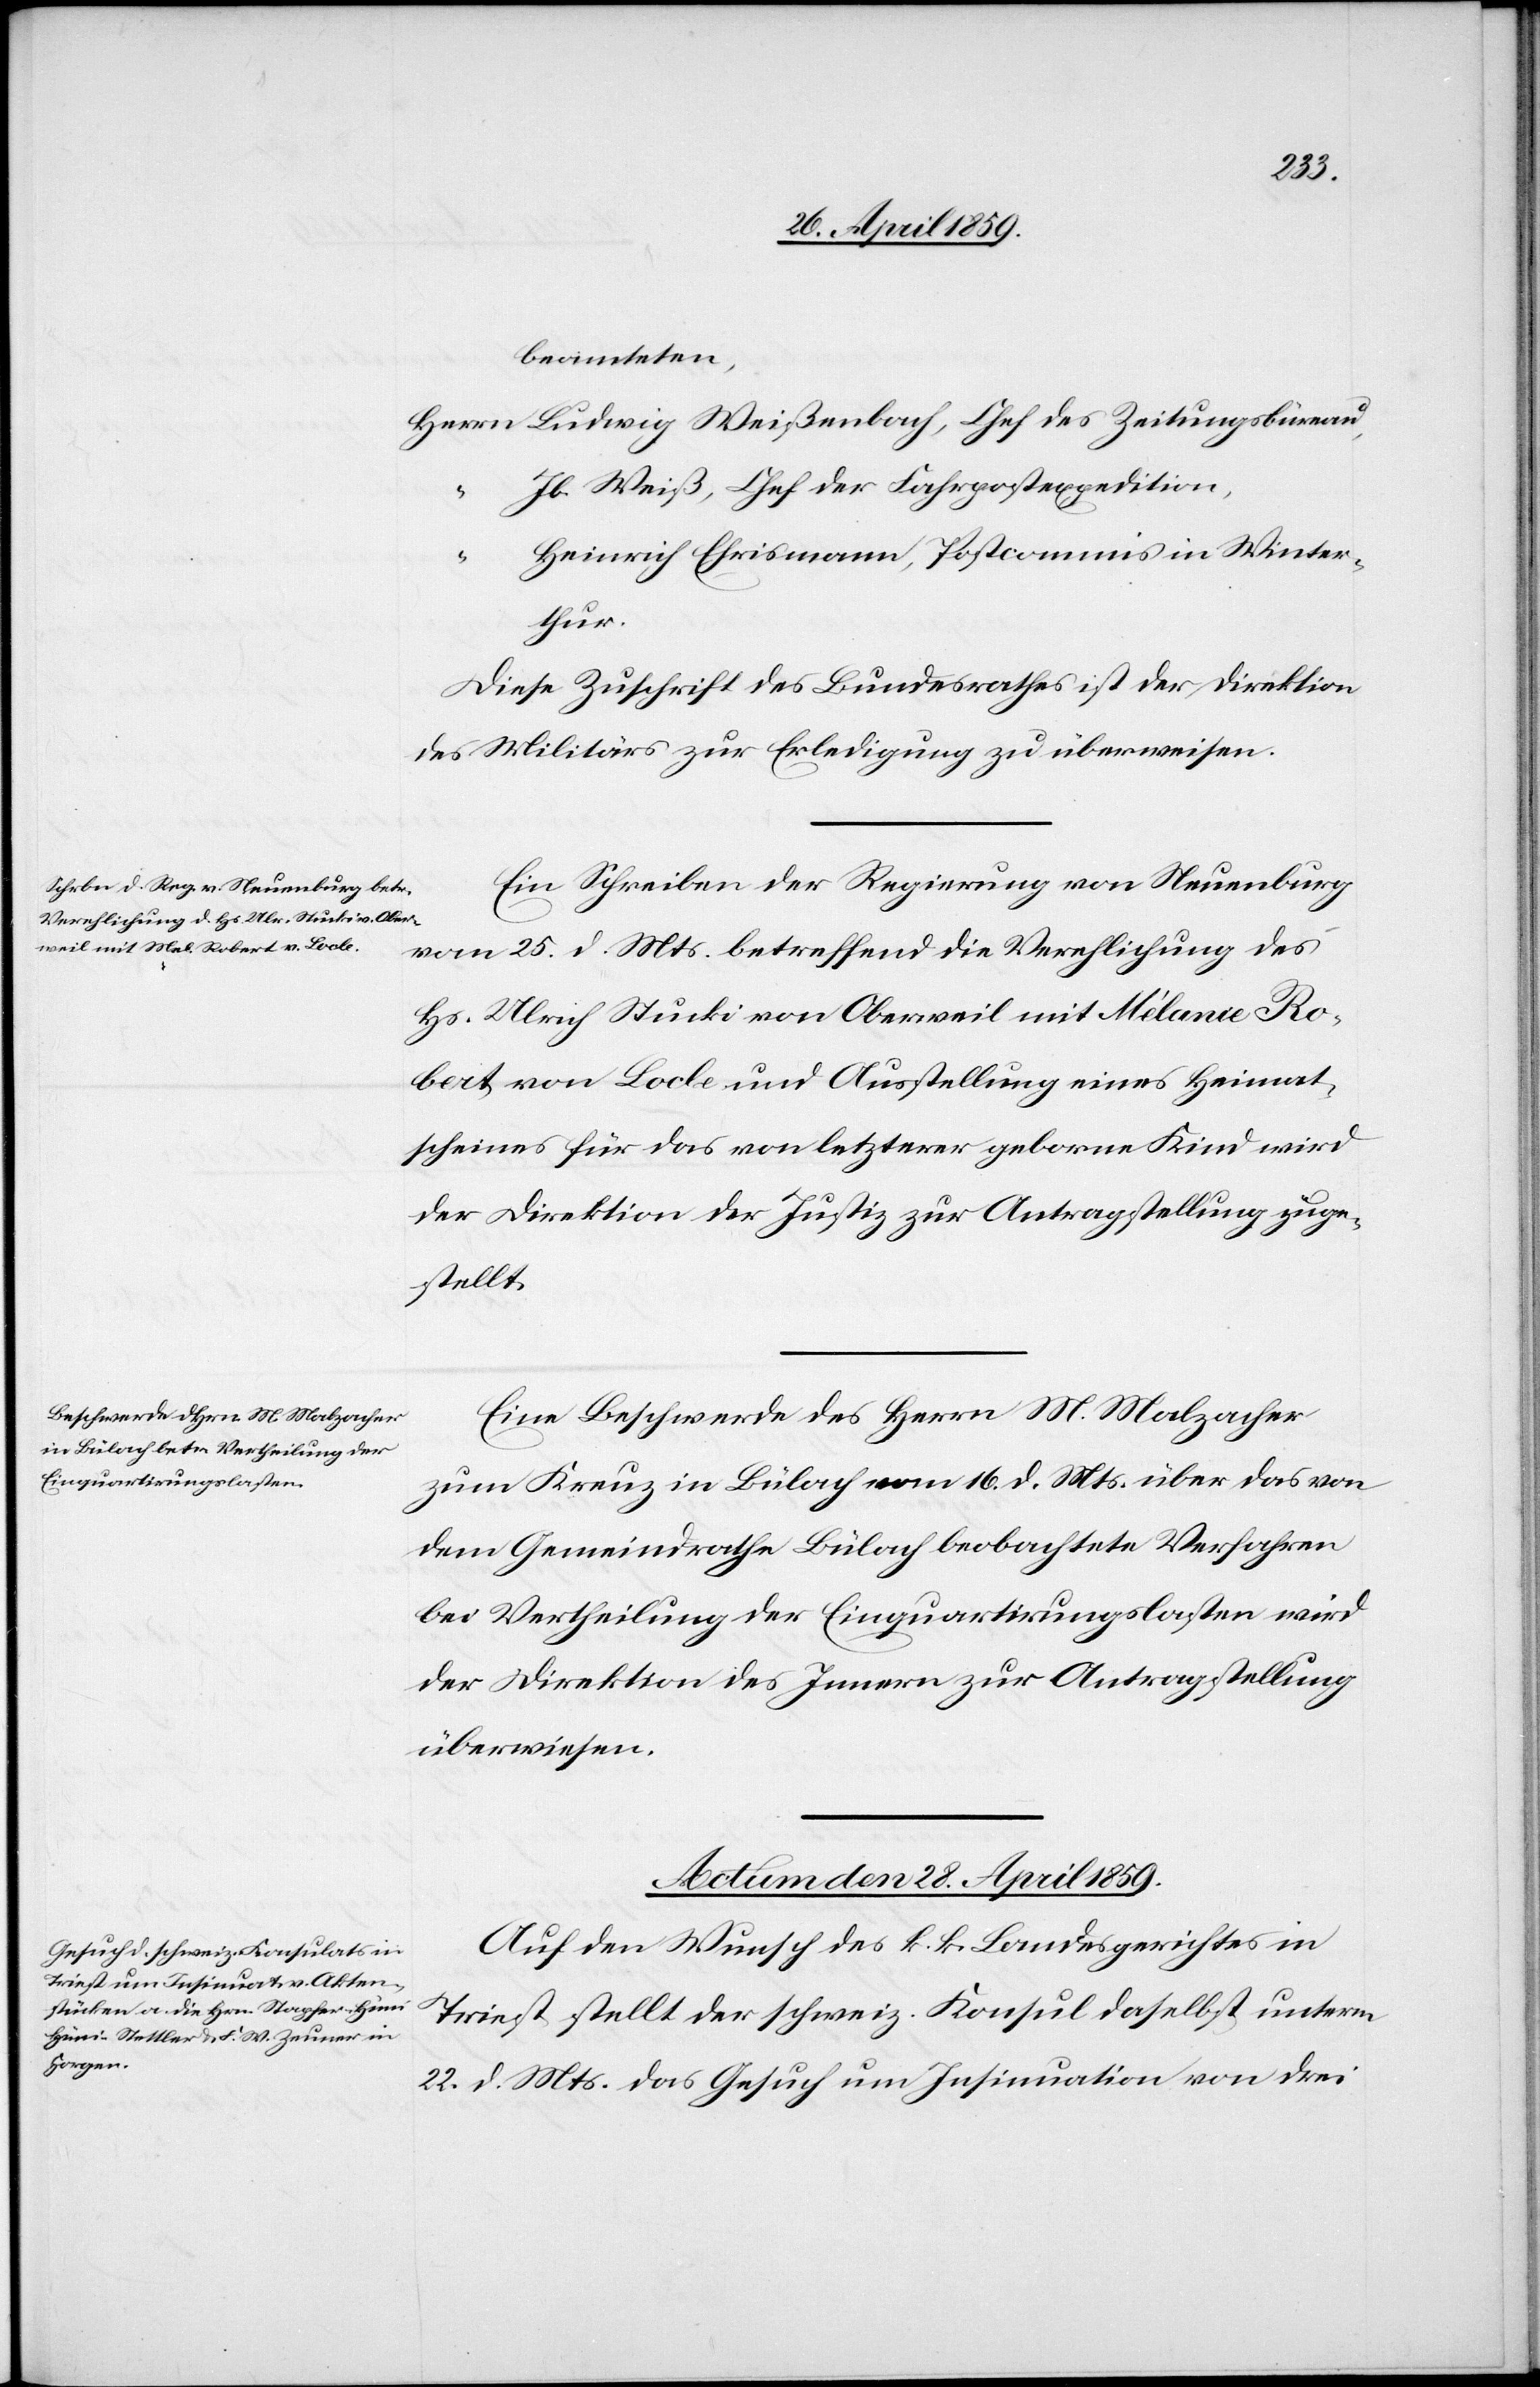
beamteten,
Herrn Ludwig Weißenbach, Chef des Zeitungsbüreau,
Jb. Weiß, Chef der Fahrpostexpedition,
“
Heinrich Ehrismann, Postcommis in Winter¬
thur.
Diese Zuschrift des Bundesrathes ist der Direktion
des Militärs zur Erledigung zu überweisen.
Ein Schreiben der Regierung von Neuenburg
vom 25. d. Mts. betreffend die Verehlichung des
Hs. Ulrich Stucki von Oberweil mit Mélanie Ro¬
bert von Locle und Ausstellung eines Heimat¬
scheines für das von letzterer geborne Kind wird
der Direktion der Justiz zur Antragstellung zuge¬
stellt.
Eine Beschwerde des Herrn M. Malzacher
zum Kreuz in Bülach vom 16. d. Mts. über das von
dem Gemeindrathe Bülach beobachtete Verfahren
bei Vertheilung der Einquartirungslasten wird
der Direktion des Innern zur Antragstellung
überwiesen.
Actum den 28. April 1859.
Auf den Wunsch des k. k. Landesgerichtes in
Triest stellt der schweiz. Konsul daselbst unterm
22. d. Mts. das Gesuch um Insinuation von drei